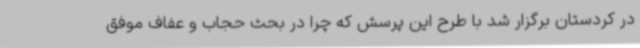
در کردستان برگزار شد با طرح این پرسش که چرا در بحث حجاب و عفاف موفق